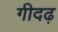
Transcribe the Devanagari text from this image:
गीदढ़